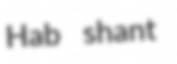
Hab shant